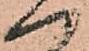
門